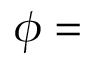
\phi =